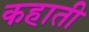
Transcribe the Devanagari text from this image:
कहाती